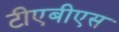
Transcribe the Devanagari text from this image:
टीएबीएस